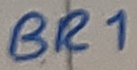
Text: BR1